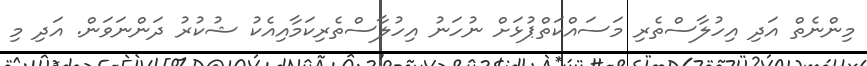
މިންނެތް އަދި އިހުލާސްތެރި މަސައްކަތްޕުޅަށް ނުހަނު އިހުލާސްތެރިކަމާއިއެކު ޝުކުރު ދަންނަވަން. އަދި މި